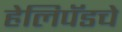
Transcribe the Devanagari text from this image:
हेलिपॅडचे